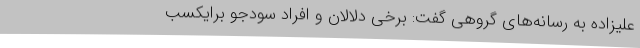
علیزاده به رسانه‌های گروهی گفت: برخی دلالان و افراد سودجو برایکسب